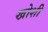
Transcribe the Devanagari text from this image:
खोशी